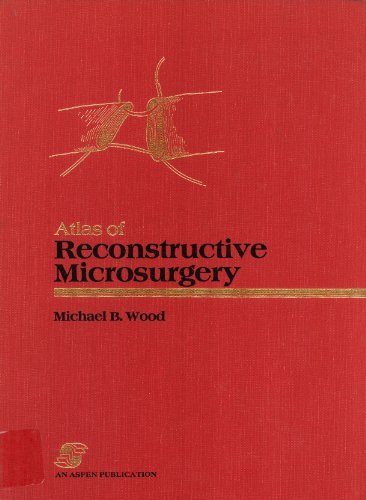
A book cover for Atlas of Reconstructive Microsurgery; Michael Bruce Wood; Medical Books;